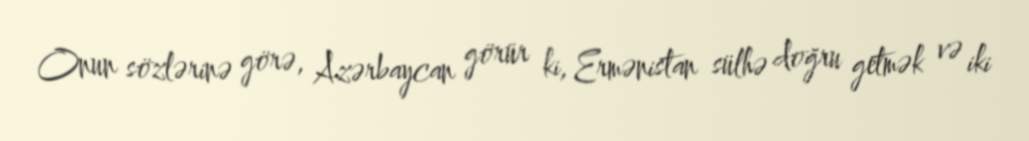
Onun sözlərinə görə, Azərbaycan görür ki, Ermənistan sülhə doğru getmək və iki